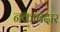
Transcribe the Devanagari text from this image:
नकाबदार